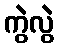
ကွဲလွဲ